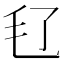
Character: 𣬝